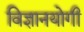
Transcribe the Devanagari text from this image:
विज्ञानयोगी